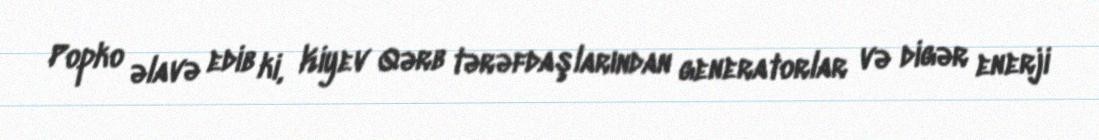
Popko əlavə edib ki, Kiyev Qərb tərəfdaşlarından generatorlar və digər enerji